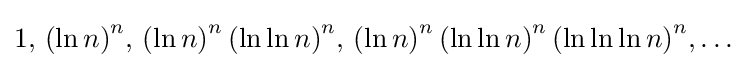
1,\,{(\ln n)}^{n},\,{(\ln n)}^{n}\,{(\ln \ln n)}^{n},\,{(\ln n)}^{n}\,{(\ln \ln n)}^{n}\,{(\ln \ln \ln n)}^{n},\dots